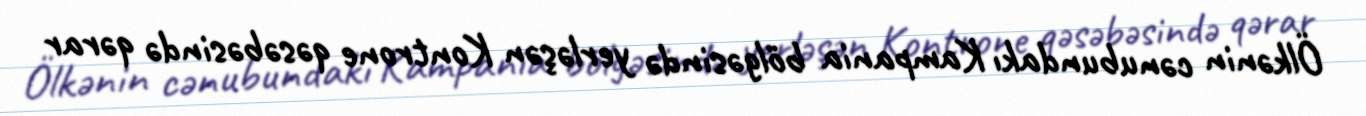
Ölkənin cənubundakı Kampania bölgəsində yerləşən Kontrone qəsəbəsində qərar